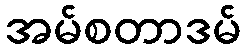
အမ်စတာဒမ်